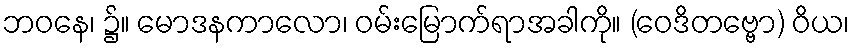
ဘဝနေ၊ ၌။ မောဒနကာလော၊ ဝမ်းမြောက်ရာအခါကို။ (ဝေဒိတဗ္ဗော) ဝိယ၊